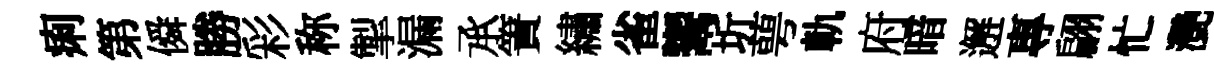
痢第僢勝彩称掣漏𠄘簀繡雀鬻圻萼軌府暗邂專翩忙灧